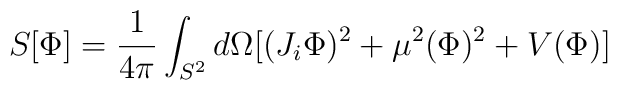
S[\Phi ] = \frac{1}{4\pi} \int_{S^2} d\Omega[(J_i \Phi )^2 + \mu^2 (\Phi )^2 + V(\Phi )]